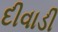
દીવાડી